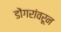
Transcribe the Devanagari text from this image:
डोंगरांवरून